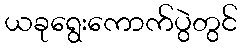
ယခုရွေးကောက်ပွဲတွင်